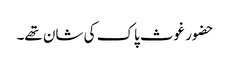
حضور غوث پاک کی شان تھے۔